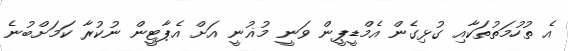
އެ ތުހުމަތުތަކާއި ގުޅިގެން އެމްޑީޕީން ވަނީ މުޣުނީ އަށް އެޕާޓީން ނުކުރާ ކަމަށްބުނެ